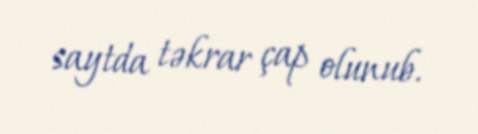
saytda təkrar çap olunub.